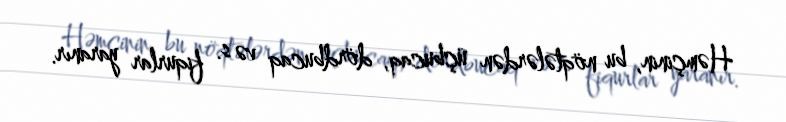
Həmçinin, bu nöqtələrdən üçbucaq, dördbucaq və s. fiqurlar yaranır.